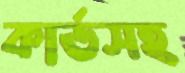
কার্ডসহ